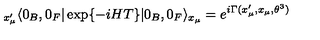
{ } _ { x _ { \mu } ^ { \prime } } \langle 0 _ { B } , 0 _ { F } | \exp \{ - i H T \} | 0 _ { B } , 0 _ { F } \rangle _ { x _ { \mu } } = e ^ { i \Gamma ( x _ { \mu } ^ { \prime } , x _ { \mu } , \theta ^ { 3 } ) }